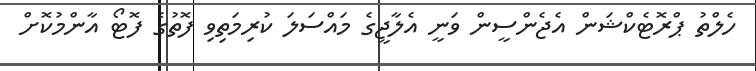
ހެލްތު ޕްރޮޓެކްޝަން އެޖެންސީން ވަނީ އެލާޖީގެ މައްސަލަ ކުރިމަތިވި ފޮތުގެ ފޮޓޯ އާންމުކޮށް